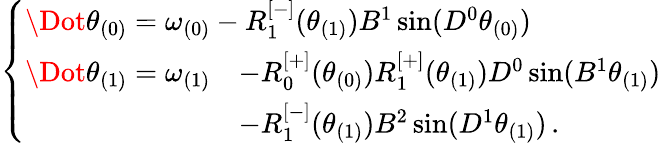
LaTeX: \begin{array}{r}{\left\{ \begin{array}{ll}{\Dot{\theta}_{(0)}=\omega_{(0)}-R_{1}^{[-]}(\theta_{(1)})B^{1}\sin(D^{0}\theta_{(0)})}\\ {\begin{array}{rl}{\Dot{\theta}_{(1)}=\omega_{(1)}}&{-R_{0}^{[+]}(\theta_{(0)})R_{1}^{[+]}(\theta_{(1)})D^{0}\sin(B^{1}\theta_{(1)})}\\ &{-R_{1}^{[-]}(\theta_{(1)})B^{2}\sin(D^{1}\theta_{(1)})\, .}\end{array}}\end{array}\right.}\end{array}